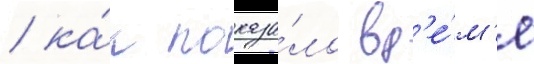
/ ка́к показа́ло вр'е́м'я